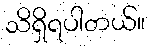
သိရှိရပါတယ်။